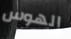
الهوس